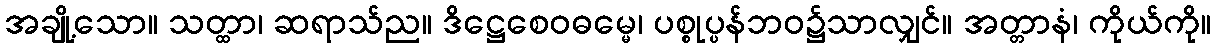
အချို့သော။ သတ္ထာ၊ ဆရာသ်ည။ ဒိဋ္ဌေစေဝဓမ္မေ၊ ပစ္စုပ္ပန်ဘဝ၌သာလျှင်။ အတ္တာနံ၊ ကိုယ်ကို။